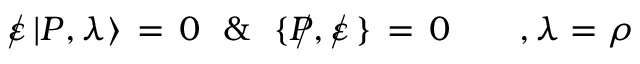
\! \! \! \! \! \! \! \! \! \! \! \! \! \! \! \! \! \! \! \! { \rlap / \varepsilon \, | P , \lambda \rangle \, = \, 0 \, \, \, \, \& \, \, \, \, \{ \, \rlap / \! P , \rlap / \varepsilon \, \} \, = \, 0 \, \, \, \, \, \, \, \, \, \, \, \, , \lambda = \rho }